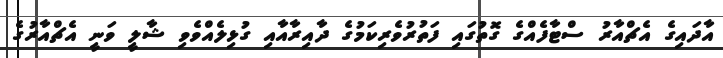
އާދައިގެ އެޗްއާރު ސްޓާފެއްގެ ގޮތުގައި ފަތުރުވެރިކަމުގެ ދާއިރާއާއި ގުޅިލެއްވެވި ޝާލީ ވަނީ އެޗްއާރުގެ